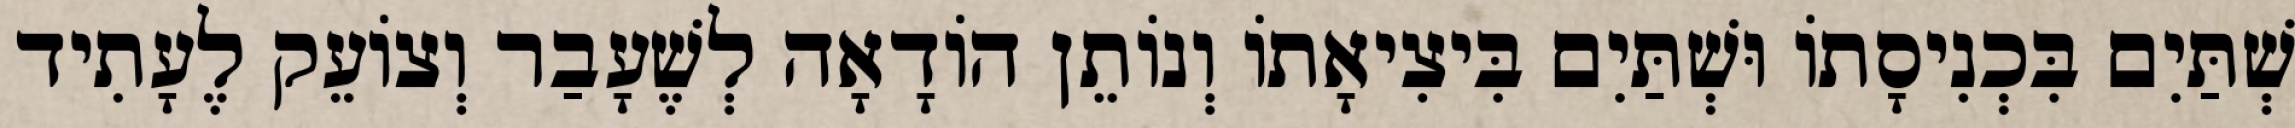
שְׁתַּיִם בִּכְנִיסָתוֹ וּשְׁתַּיִם בִּיצִיאָתוֹ וְנוֹתֵן הוֹדָאָה לְשֶׁעָבַר וְצוֹעֵק לֶעָתִיד